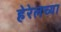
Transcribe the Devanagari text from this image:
हेरेलच्या